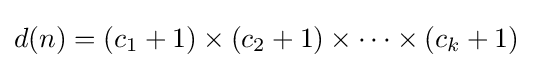
d(n)=(c_{1}+1)\times (c_{2}+1)\times \cdots \times (c_{k}+1)